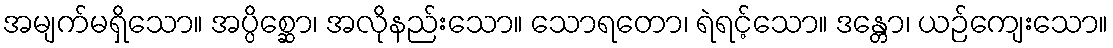
အမျက်မရှိသော။ အပ္ပိစ္ဆော၊ အလိုနည်းသော။ သောရတော၊ ရဲရင့်သော။ ဒန္တော၊ ယဉ်ကျေးသော။